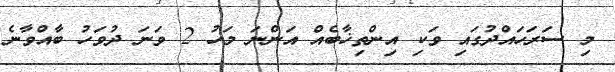
މި ސަރަހައްދުގައި ވަކި އިންތިޚާބެއް އަންނަ މަހު 2 ވަނަ ދުވަހު ބާއްވާނެ